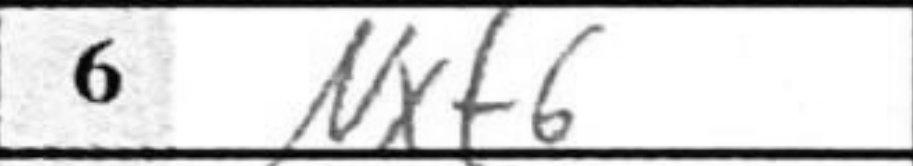
Transcription: Nxf6